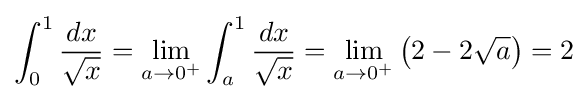
\int _{0}^{1}{\frac {dx}{\sqrt {x}}}=\lim _{a\to 0^{+}}\int _{a}^{1}{\frac {dx}{\sqrt {x}}}=\lim _{a\to 0^{+}}\left(2-2{\sqrt {a}}\right)=2